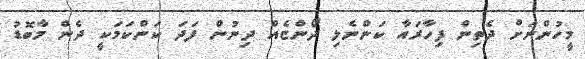
މީހުންނަށް ދެތިން ފިހާރައާ ކަންނެލި ދޯންޏެއް ދިނުން ފަދަ ކަންކަމަކީ ދެން މާބޮޑު